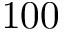
1 0 0